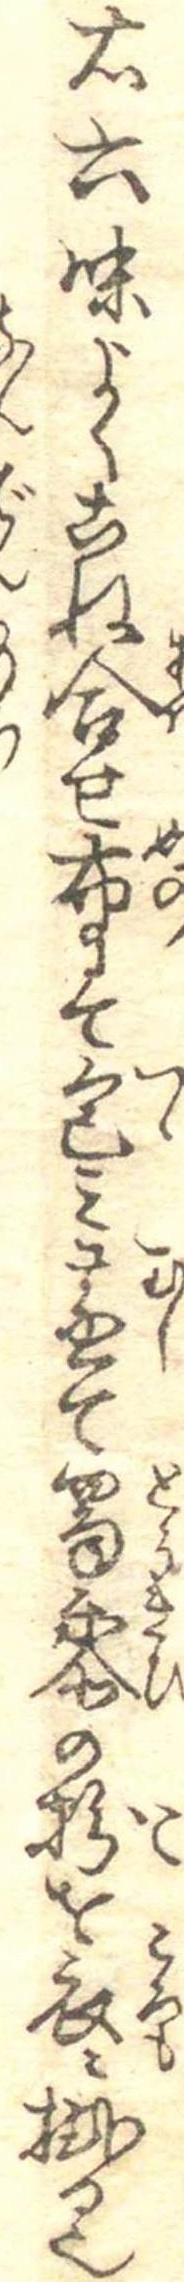
右六味よくこね合せ布にて包み蒸て蜀黍の粉を衣に掛る也